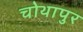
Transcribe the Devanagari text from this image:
चोथापुर